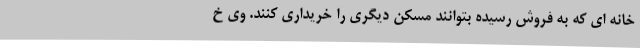
خانه ای که به فروش رسیده بتوانند مسکن دیگری را خریداری کنند. وی خ